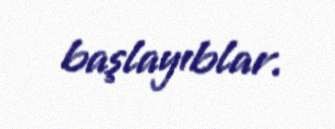
başlayıblar.